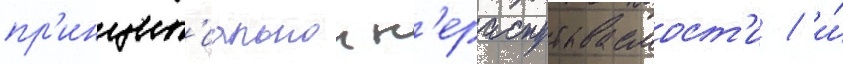
пр'инцип'иальнои н'ераспутываемост'и / и́